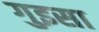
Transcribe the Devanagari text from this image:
गुइसा